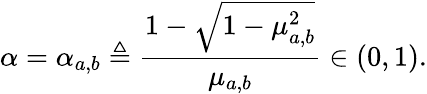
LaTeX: \alpha=\alpha_{a,b}\triangleq\frac{1-\sqrt{1-\mu_{a,b}^{2}}}{\mu_{a,b}}\in(0,1).